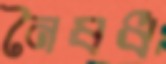
নৈষধ